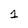
Character: 1